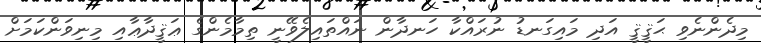
މިދެންނެވި ޙަޤީޤީ އަދި މައިގަނޑު ނުރައްކާ ހަނދާން ނައްތައިލެވޭނީ ތިމާމެންގެ ޢަޤީދާޢާއި މިނިވަންކަމަށް